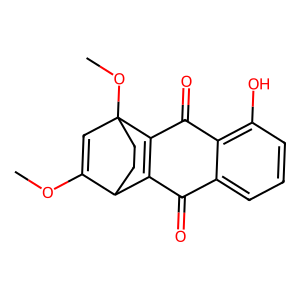
SMILES: COC1=CC2(OC)CCC1C1=C2C(=O)c2c(O)cccc2C1=O
Inhibits HIV replication: No